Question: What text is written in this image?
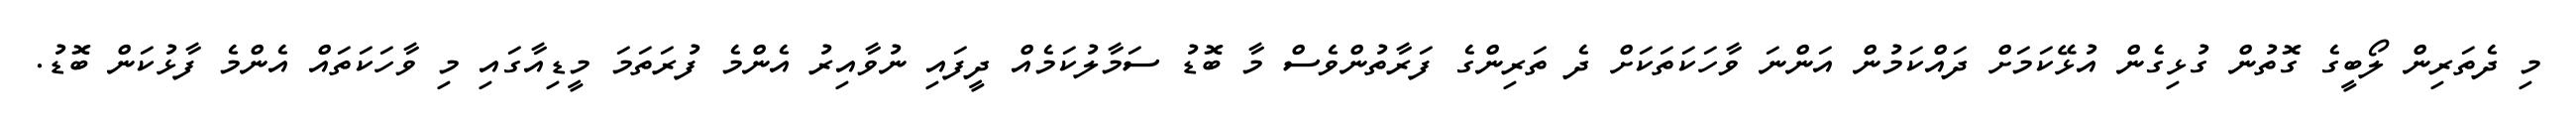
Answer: މި ދެތަރިން ލޯބީގެ ގޮތުން ގުޅިގެން އުޅޭކަމަށް ދައްކަމުން އަންނަ ވާހަކަތަކަށް ދެ ތަރިންގެ ފަރާތުންވެސް މާ ބޮޑު ސަމާލުކަމެއް ދީފައި ނުވާއިރު އެންމެ ފުރަތަމަ މީޑިއާގައި މި ވާހަކަތައް އެންމެ ފާޅުކަން ބޮޑު.